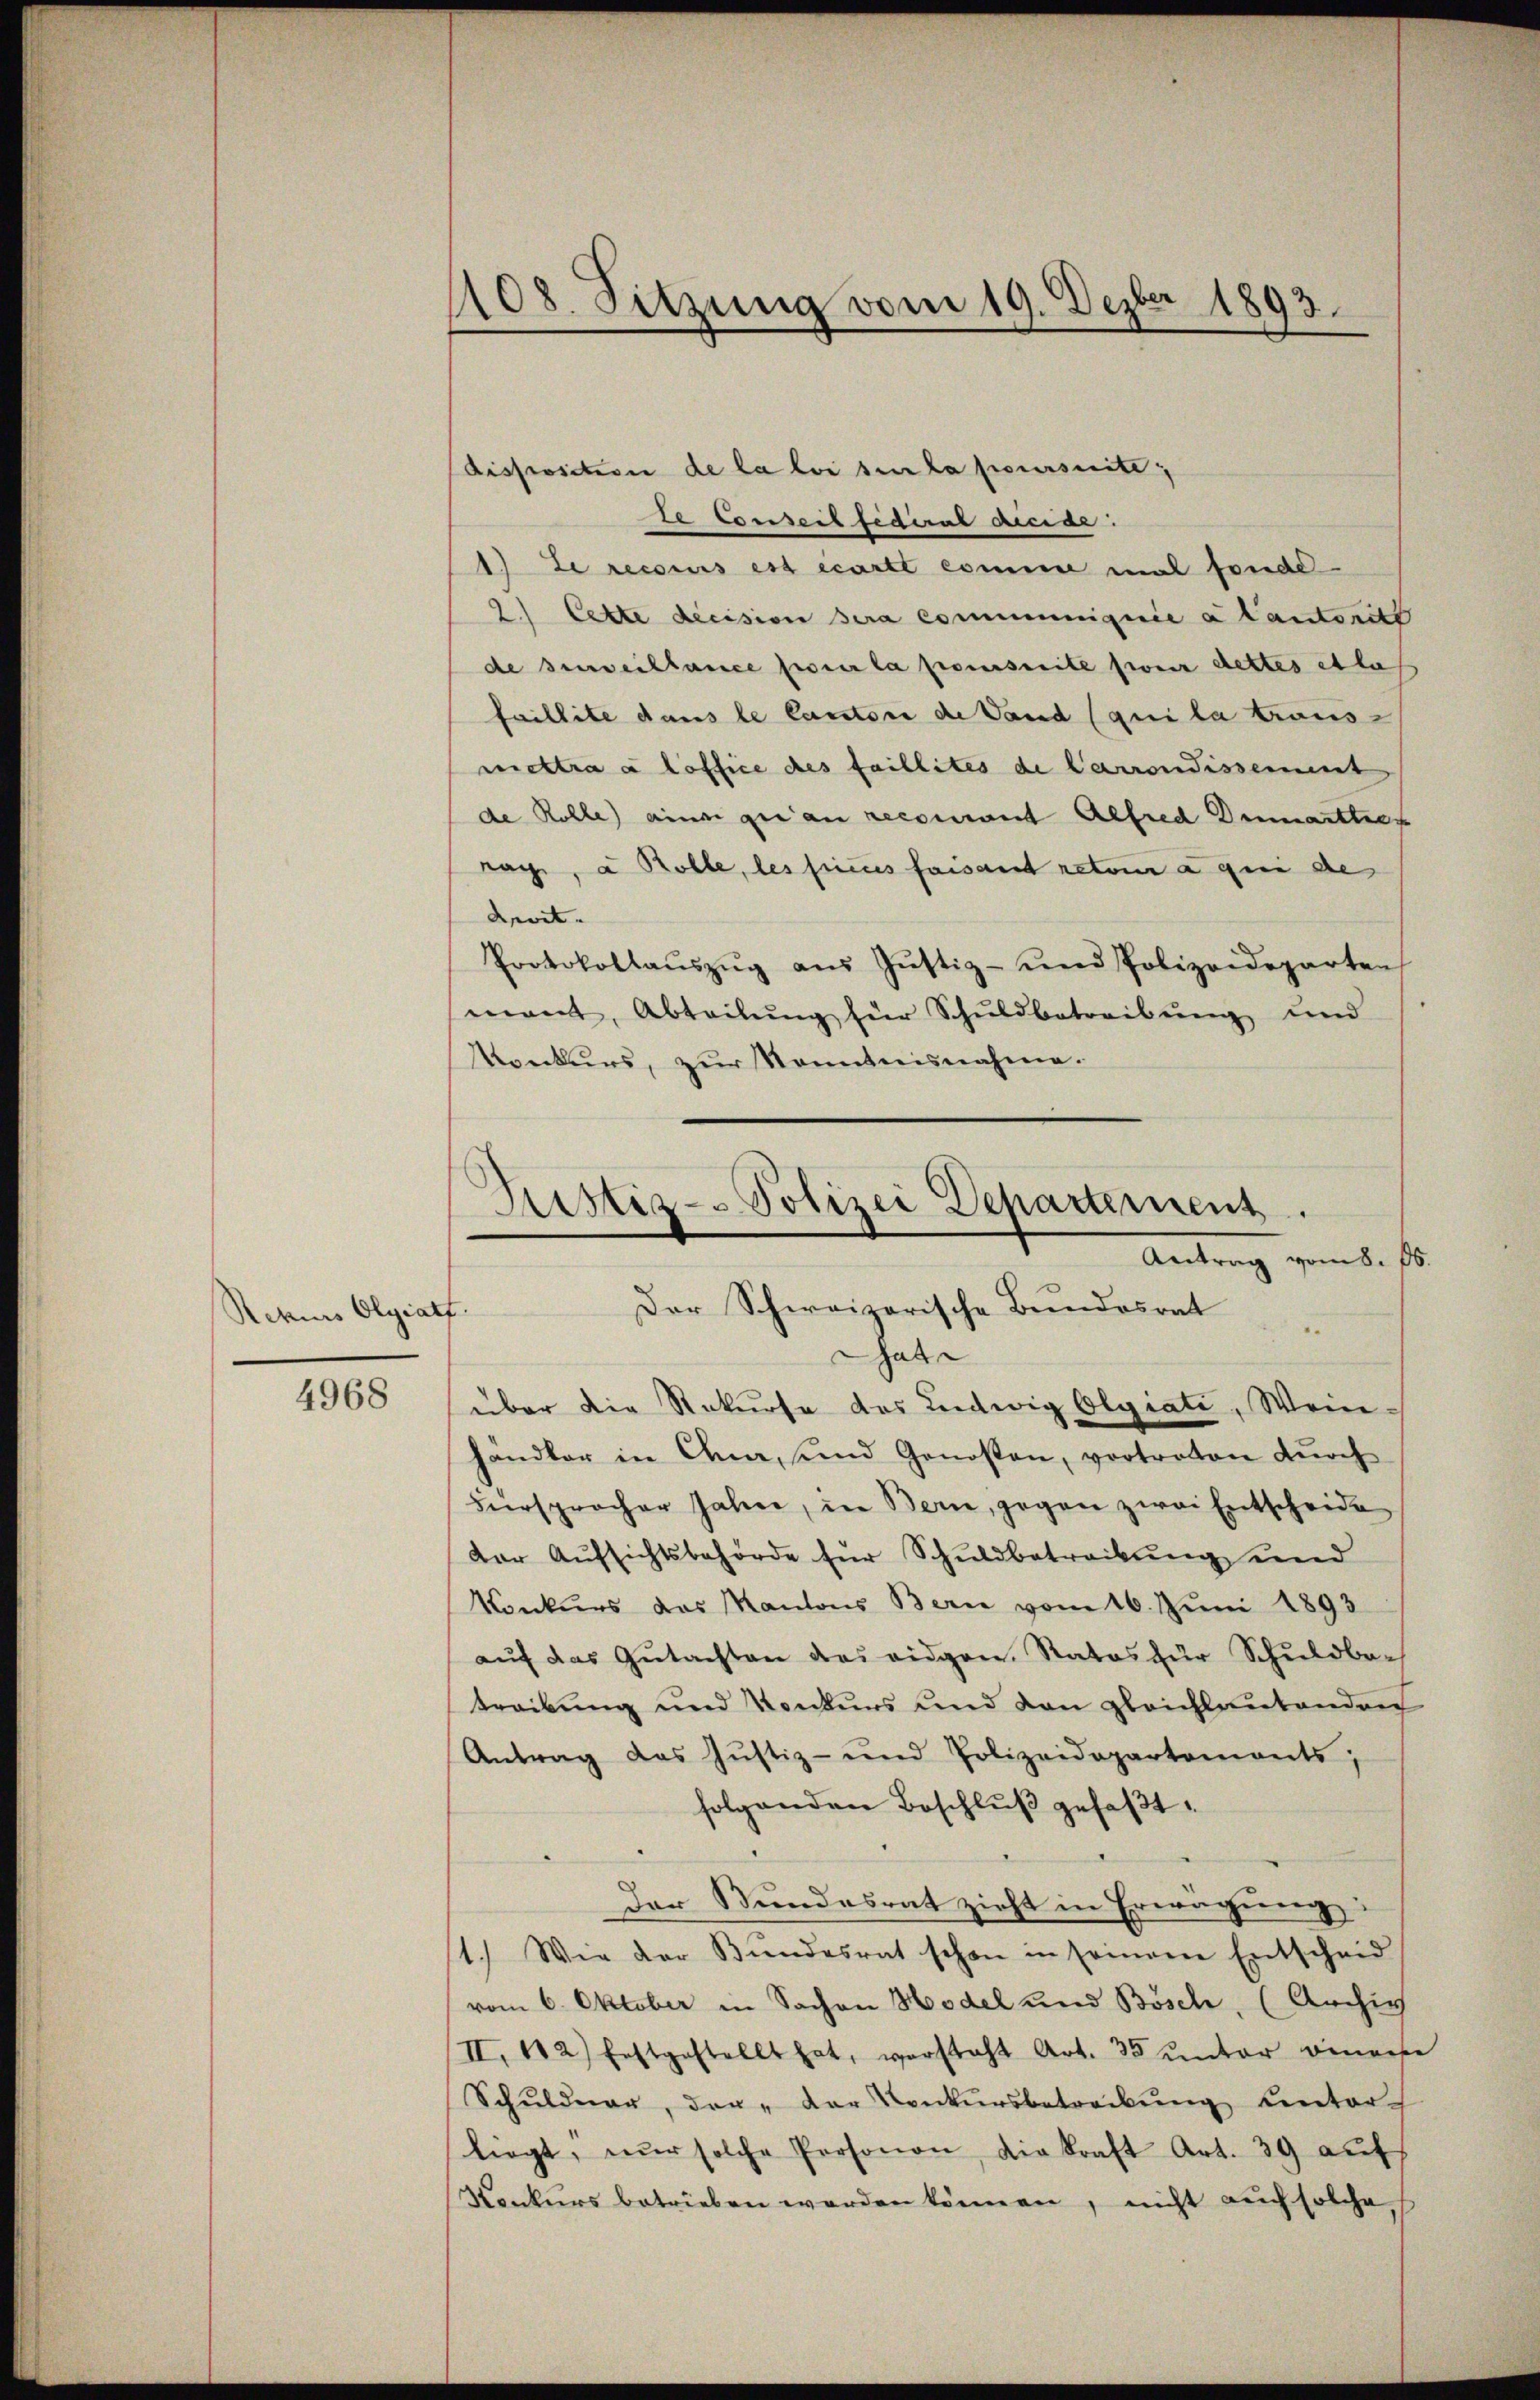
Rehus Olgratf

4968

1108. Sitzung vom 19. Dezbr 1893.

disposition de la loi sur la poursuite,
te Conseit fiderat acciar.
1.) Le recours est écarte comme mal fonde¬
2.) Cette decision sera communiquée a Cantonitt
de surveillance sur la poursuite freiz dettes et la
faillite dans le Cantone de Land (qui la traus-
mettra à loffice des faillites de Carrondissement
de Rolle einer qui an reconnant Alfred Demartier
rache, a Rolle, les sicus faisant retour a gen des
Levit.
Protokollaŭszŭg aŭs Jŭstiz- und Polizeideparten
mont, Abteilung für Schuldbetreibung und
Konkurs, zŭr Kenntnisnahme.

Justiz- Polizei Departement.
Antrag vom 8. 86.
Der Schweizerische Bundesrat
.
at

über die Rekurse des Ludwig Olgiati, Weihandler in Orna, und Genossen, vortreten dŭrch
Versprocher Jahre, in Bern, gegen zwei Entscheide
dar Aŭfsichtsbehörde für Schuldbetreibŭng und
Konkurs des Kantons Bern vom 16. Juni 1893
aŭf das Gŭtachten des eidgen. Rates für Schuldbe-
treibung und Konkurs und den gleichlautenden
Antrag das Jŭstiz- und Polizeidepartemonts,
folgenden Beschlŭβ gefaβt.
Der Bundesrat zieht in Erwägung
1.) Wie der Bŭndesrat schon in seinem Entscheid
vom 6. Oktober in Sachen Hodel und Bösch, (Archiv
II. 142) festgestellt hat, versteht Art. 35 unter einere
Schuldner, der „der Conkursbetreibung unter-
liegt, nŭr solche Personen die kraft Art. 39 aŭf
Konkŭrs betrieben werden können, nicht aŭch solche,